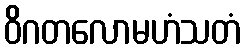
ဝိဂတလောမဟံသတံ